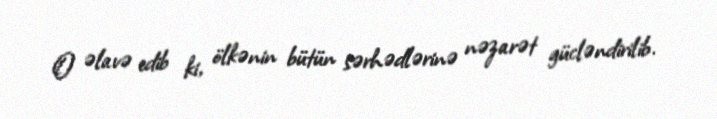
O əlavə edib ki, ölkənin bütün sərhədlərinə nəzarət gücləndirilib.